Proceedings of the meeting of veterinary officers in India
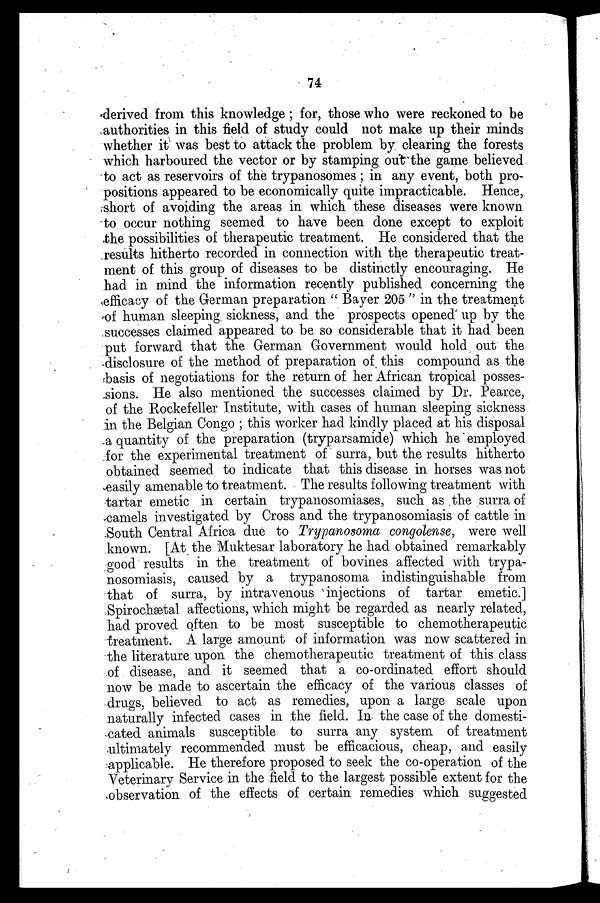
74
derived from this knowledge; for, those who were reckoned to be
authorities in this field of study could not make up their minds
whether it was best to attack the problem by clearing the forests
which harboured the vector or by stamping out the game believed
to act as reservoirs of the trypanosomes; in any event, both pro-
positions appeared to be economically quite impracticable. Hence,
short of avoiding the areas in which these diseases were known
to occur nothing seemed to have been done except to exploit
the possibilities of therapeutic treatment. He considered that the
results hitherto recorded in connection with the therapeutic treat-
ment of this group of diseases to be distinctly encouraging. He
had in mind the information recently published concerning the
efficacy of the German preparation "Bayer 205" in the treatment
of human sleeping sickness, and the prospects opened up by the
successes claimed appeared to be so considerable that it had been
put forward that the German Government would hold out the
disclosure of the method of preparation of this compound as the
basis of negotiations for the return of her African tropical posses-
sions. He also mentioned the successes claimed by Dr. Pearce,
of the Rockefeller Institute, with cases of human sleeping sickness
in the Belgian Congo; this worker had kindly placed at his disposal
a quantity of the preparation (tryparsamide) which he employed
for the experimental treatment of surra, but the results hitherto
obtained seemed to indicate that this disease in horses was not
easily amenable to treatment. The results following treatment with
tartar emetic in certain trypanosomiases, such as the surra of
camels investigated by Cross and the trypanosomiasis of cattle in
South Central Africa due to Trypanosoma congolense, were well
known. [At the Muktesar laboratory he had obtained remarkably
good results in the treatment of bovines affected with trypa-
nosomiasis, caused by a trypanosoma indistinguishable from
that of surra, by intravenous injections of tartar emetic]
Spirochætal affections, which might be regarded as nearly related,
had proved often to be most susceptible to chemotherapeutic
treatment. A large amount of information was now scattered in
the literature upon the chemotherapeutic treatment of this class
of disease, and it seemed that a co-ordinated effort should
now be made to ascertain the efficacy of the various classes of
drugs, believed to act as remedies, upon a large scale upon
naturally infected cases in the field. In the case of the domesti-
cated animals susceptible to surra any system of treatment
ultimately recommended must be efficacious, cheap, and easily
applicable. He therefore proposed to seek the co-operation of the
Veterinary Service in the field to the largest possible extent for the
observation of the effects of certain remedies which suggested